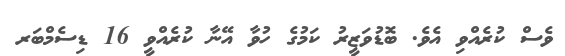
ވެސް ކުރެއްވި އެވެ. ބޮޑުވަޒީރު ކަމުގެ ހުވާ އޭނާ ކުރެއްވީ 16 ޑިސެމްބަރ